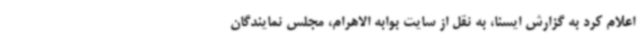
اعلام کرد به گزارش ایسنا، به نقل از سایت بوابه الاهرام، مجلس نمایندگان